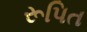
રૂપિત